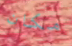
مكان